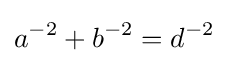
a^{-2}+b^{-2}=d^{-2}